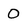
Character: O